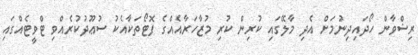
ރިޟްވާން ހޯދައިދިނުމަށް އެދި މާލޭގައި ކުރިން ކުރި މުޒާހަރާއެއްގެ ފޮޓޯތަކާއެކު ސުޢޫދުކުރެއްވި ޓްވީޓެއްގައި